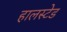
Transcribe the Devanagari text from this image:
हालस्टेड